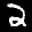
Label: 2